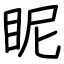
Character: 眤